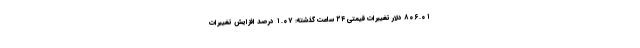
۸۰۶.۰۱ دلار تغییرات قیمتی ۲۴ ساعت گذشته: ۱.۰۷ درصد افزایش تغییرات